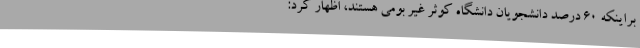
براینکه 60 درصد دانشجویان دانشگاه کوثر غیر بومی هستند، اظهار کرد: